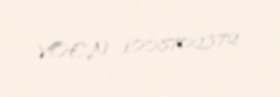
VOEN 1008702372